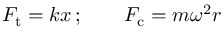
F _ { \mathrm { t } } = k x \, ; \qquad F _ { \mathrm { c } } = m \omega ^ { 2 } r